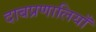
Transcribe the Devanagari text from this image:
दाबप्रणालियाँ